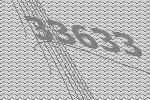
33633